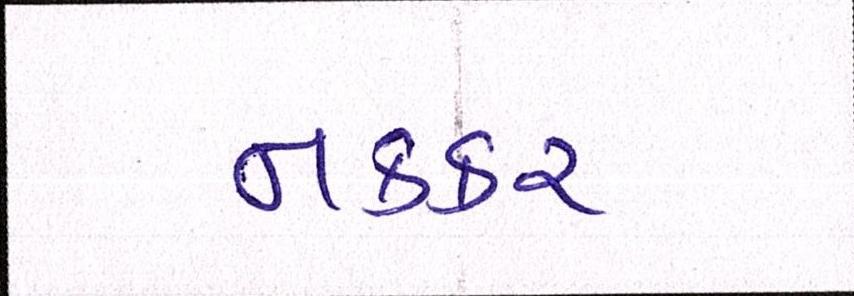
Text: નકકર